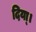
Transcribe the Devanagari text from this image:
दिया्।